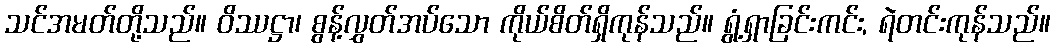
သင်အမတ်တို့သည်။ ဝိဿဋ္ဌာ၊ စွန့်လွှတ်အပ်သော ကိုယ်စိတ်ရှိကုန်သည်။ ရွံ့ရှာခြင်းကင်း, ရဲတင်းကုန်သည်။